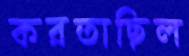
করতাছিল